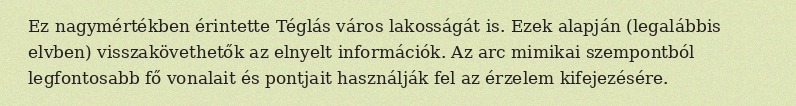
Ez nagymértékben érintette Téglás város lakosságát is. Ezek alapján (legalábbis elvben) visszakövethetők az elnyelt információk. Az arc mimikai szempontból legfontosabb fő vonalait és pontjait használják fel az érzelem kifejezésére.